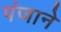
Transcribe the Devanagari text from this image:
पंजाने